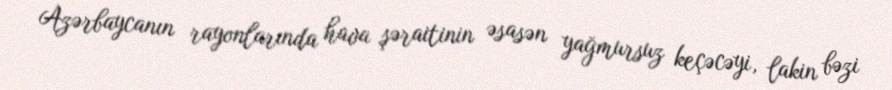
Azərbaycanın rayonlarında hava şəraitinin əsasən yağmursuz keçəcəyi, lakin bəzi